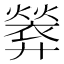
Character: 𫸢